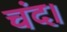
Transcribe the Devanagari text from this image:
चंद।